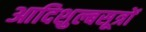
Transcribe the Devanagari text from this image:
आदिशुल्बसूत्रों